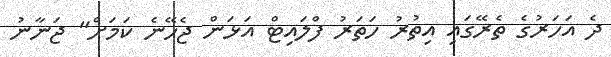
ދެ އަހަރުގެ ތެރޭގައި އިތުރު ހަތަރު ފްލައިޓް އަޅަން ޖެހޭނެ ކަމަށް" ޖަނާނު